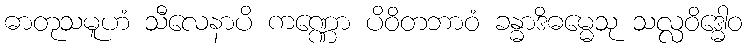
ဓာတုသမူဟံ သီလေနာပိ ကဏ္ဏော ပိဝိတဘာဝံ ခန္ဓာဒိဓမ္မေသု သလ္လဝိဒ္ဓေါဝ